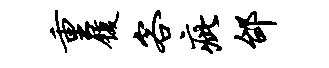
重履客疵邰